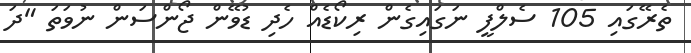
ތެރޭގައި 105 ސެލްފީ ނަގައިގެން ރިކޯޑެއް ހެދި ޑުވޭން ޖޯންސަން ނުވަތަ "ދަ